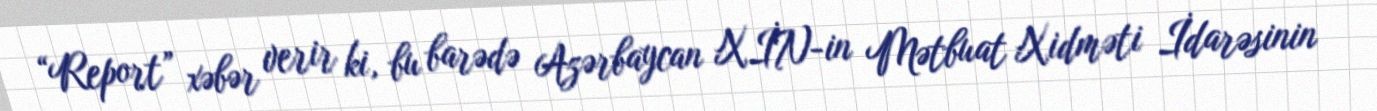
“Report” xəbər verir ki, bu barədə Azərbaycan XİN-in Mətbuat Xidməti İdarəsinin